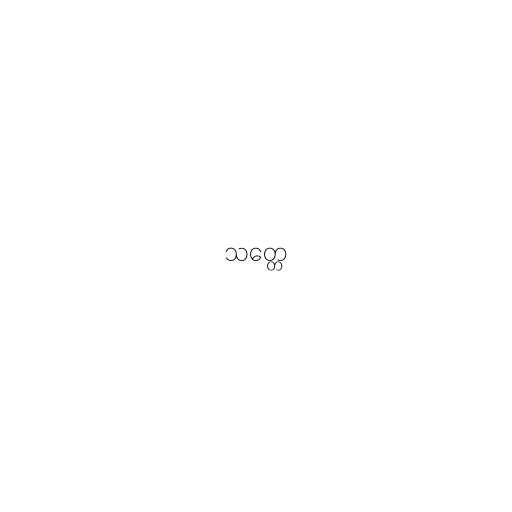
သတ္တေ